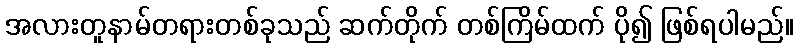
အလားတူနာမ်တရားတစ်ခုသည် ဆက်တိုက် တစ်ကြိမ်ထက် ပို၍ ဖြစ်ရပါမည်။